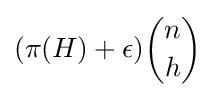
(\pi (H)+\epsilon ){\binom {n}{h}}